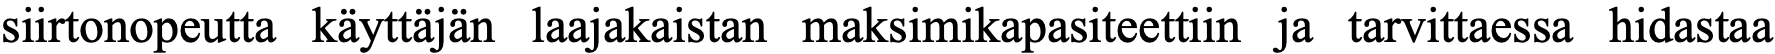
siirtonopeutta käyttäjän laajakaistan maksimikapasiteettiin ja tarvittaessa hidastaa